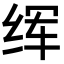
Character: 𦈉